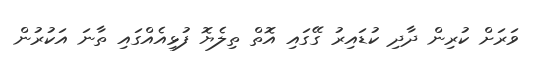
ވަރަށް ކުރިން ދާދި ކުޑައިރު ގޭގައި އޮތް ތިލެޔޮ ފުޅިއެއްގައި ތާނަ އަކުރުން